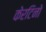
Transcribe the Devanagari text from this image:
केरटिनो